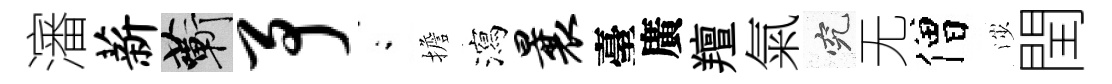
瀋薪蔪予閤擔瀉曩臺廣羶氣究无僧渉閏